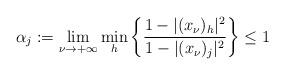
LaTeX: \begin{align*}\alpha_j:=\lim_{\nu\to+\infty}\min_h\left\{\frac{1-|(x_\nu)_h|^2}{1-|(x_{\nu})_j|^2}\right\}\le 1\end{align*}